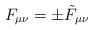
LaTeX: \begin{align*}F_{\mu \nu} = \pm \tilde F_{\mu \nu}\end{align*}